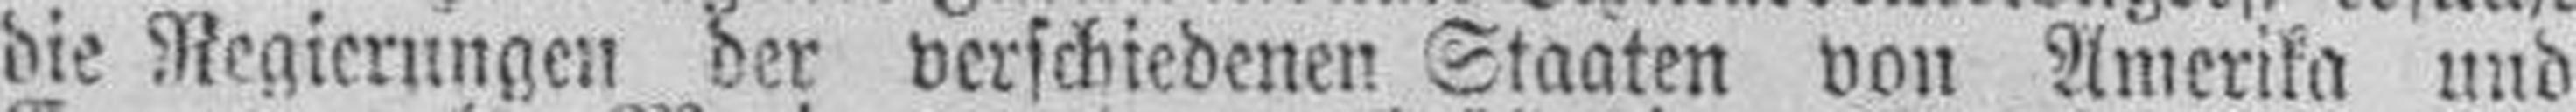
die Regierungen der verschiedenen Staaten von Amerika und